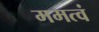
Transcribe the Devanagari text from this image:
ममत्वं